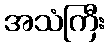
အသံကြီး